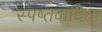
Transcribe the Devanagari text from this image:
स्पष्तवादिता